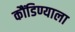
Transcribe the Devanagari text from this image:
कौंडिण्याला